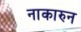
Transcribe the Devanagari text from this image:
नाकारुन